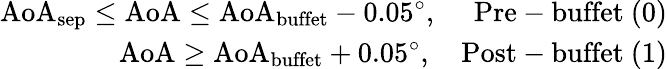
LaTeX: \begin{array}{r}{\mathrm{AoA}_{\mathrm{sep}}\leq\mathrm{AoA}\leq\mathrm{AoA}_{\mathrm{buffet}}-0.05^{\circ},\quad\mathrm{~Pre-buffet~(0)}}\\ {\mathrm{AoA}\geq\mathrm{AoA}_{\mathrm{buffet}}+0.05^{\circ},\quad\mathrm{Post-buffet~(1)}}\end{array}